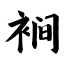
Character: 裥